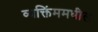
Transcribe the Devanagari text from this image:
व्यक्तिंममधील